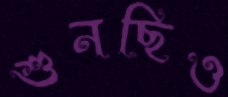
শুনছিও